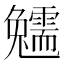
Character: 𩆟